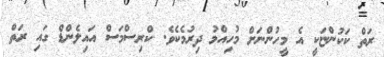
ރަތް ކަކުންޏަކީ އެ މީހުންނަށް މުހިއްމު ދިރުމެކެވެ. ކްރިސްމަސް އައިލެންޑް ގައި ރަތް